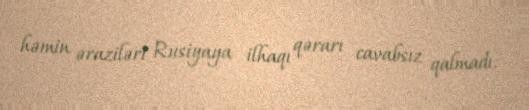
həmin əraziləri Rusiyaya ilhaqı qərarı cavabsız qalmadı.